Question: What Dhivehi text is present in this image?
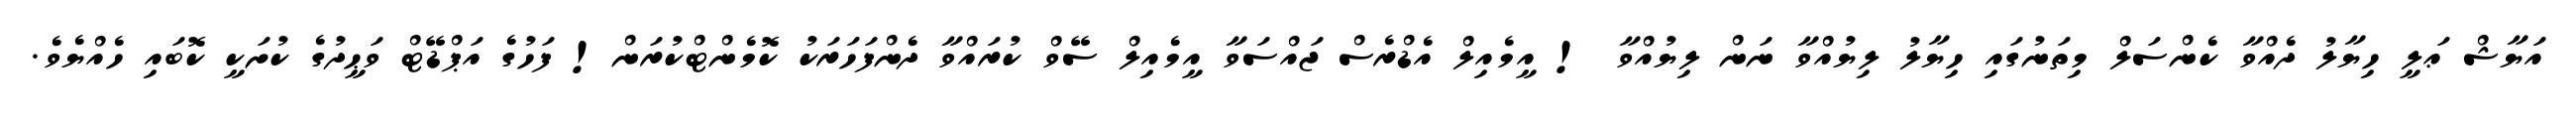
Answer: އަޔާޝް ޢަލީ ހިޔާލު ދެއްވާ ކެންސަލް މިތަނުގައި ހިޔާލު ލިޔުއްވާ ނަން ލިޔުއްވާ ! އީމެއިލް އެޑްރެސް ޖައްސަވާ އީމެއިލް ސޭވް ކުރައްވާ ދެންފަހަރަކު ކޮމެންޓްކުރަން! ފަހުގެ އަޕްޑޭޓް ވަޙީދުގެ ކުށަކީ ކޮބައި ހެއްޔެވެ.